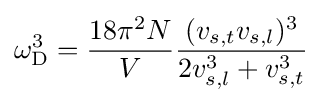
\omega _{\rm {D}}^{3}={\frac {18\pi ^{2}N}{V}}{\frac {(v_{s,t}v_{s,l})^{3}}{2v_{s,l}^{3}+v_{s,t}^{3}}}